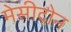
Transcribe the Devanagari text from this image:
मेसीदोन